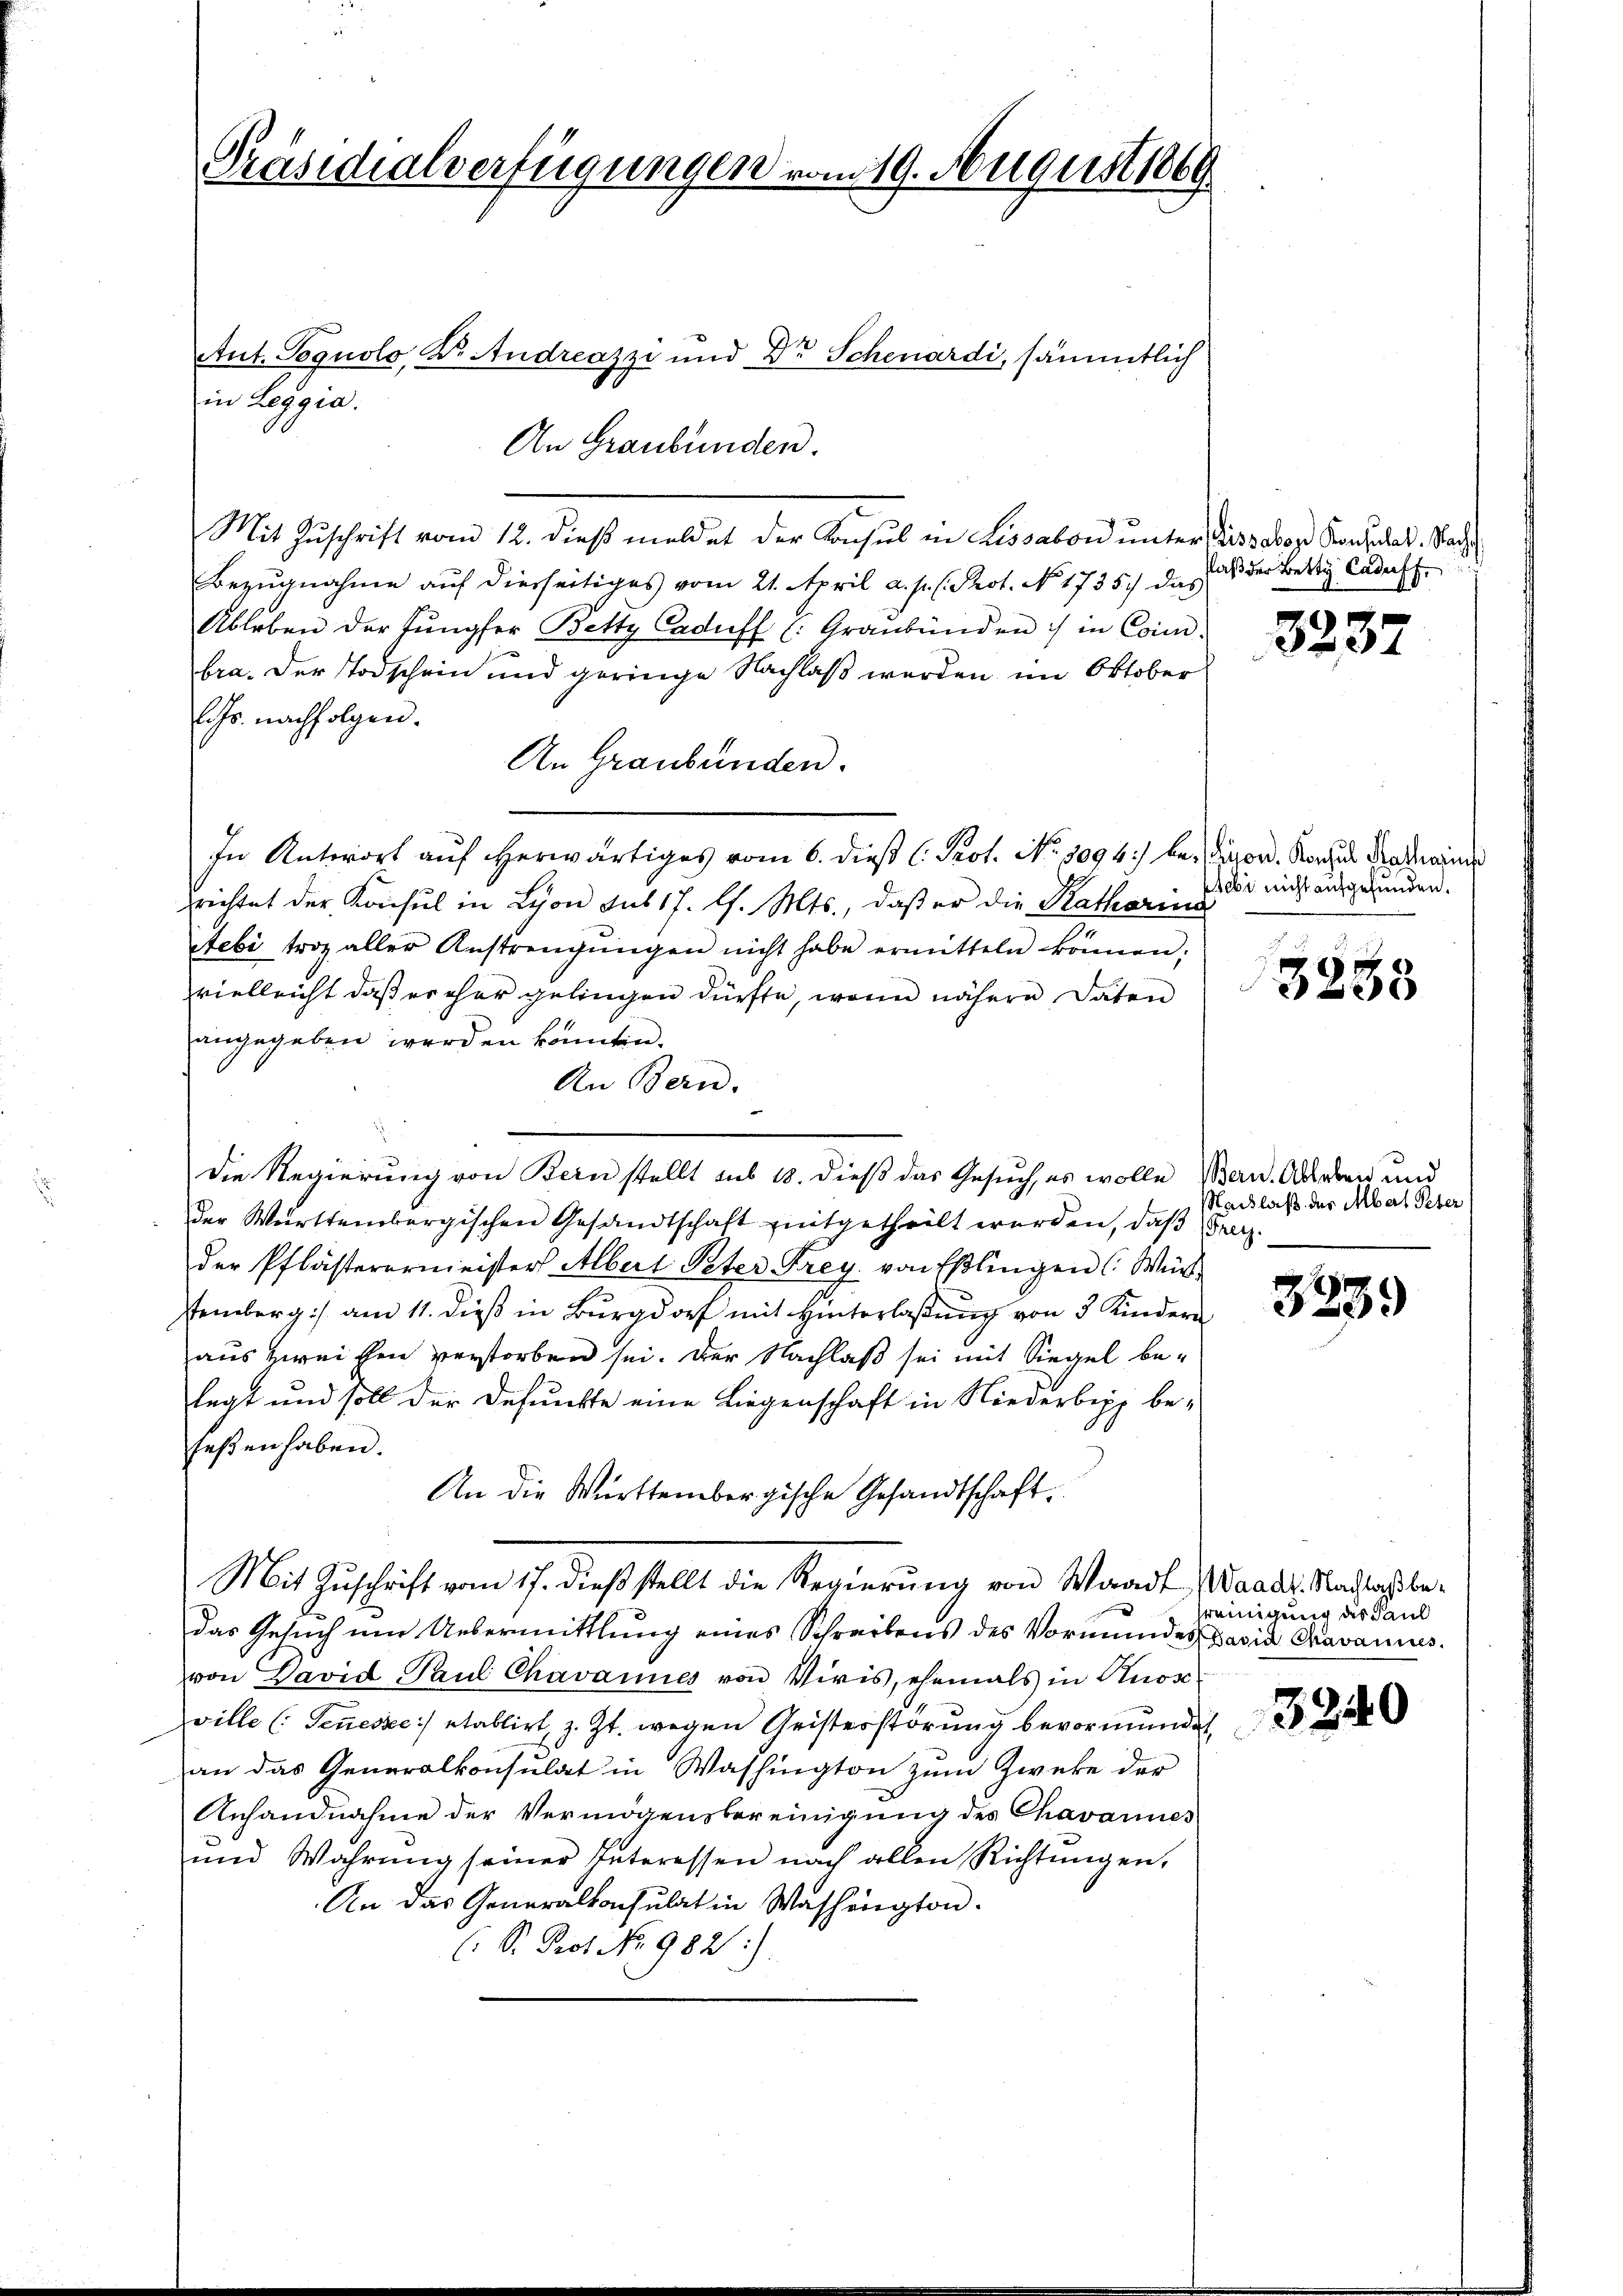
Präsidialverfügungen vom 19. August 1869

Ant. Poguolo, K. Andreazzi und Dr Schenardi, sämmtlich
An Graubünden.
Mit Zŭschrift vom 12. dieβ meldet der Konsul in Lissabon ŭnter Dissabor Konsulat. Nach
Bezugnahme auf diesseitiges vom 21. April a. p. . Prot. No. 1735.) das
Ableben der füngfer Bettz Caduff (Graubünden :/ in Con-
bra. Der Todschein und geringe Nachlaß werden im Oktober
Echs nachfolgen.
An Graubünden.
In Antwort auf herwärtiges vom 6. dieß C. Prot. No. 1094) besond. Koches Gradens
richtet der Konsul in Lyon sus 17. l. Mts., daß er die Ratharina
ebi trag aller Anstrengŭngen nicht habe ermitteln können;
vielleicht daß er eher gelingen dürfte, wenn nähere Daten
angegeben werden könnten.
An Bern.
Die Regierung von Bern stellt sub 18. dieß das Gesuch, es wolle Bern. Alleen und
der Württembergischen Gesandtschaft mitgetheilt werden, daß rez.
der Pflästerermeister Albert Peter Frey. von Eßlingen (: Würtemberg :/ am 11. dieß in Burg mit Hinterlaßung von 5 Kindern
aus zweiten verstorben sei. Der Nachlaß sei mit Siegel belegt und soll der Defunkte eine Liegenschaft in Niederbepp be-
seßen haben.
An die Württembergische Gesandtschaft
Mit Zuschrift vom 17. dieß stellt die Regierung von Waadt, Waadt. Nachtragsbedas Gesuch um Uebermittlung eines Schreibens des Vormundes David Cravannes.
von David Paul Chavannes von Viris, ehemals in Anor
ville (Tenesse:/ etablirt, z. Zt. wegen Geisterstörung bevormundet,
an das Generalkonsulat in Washington zum Zwecke der
Anhandnahme der Vermögensbereinigung des Chavannes
und Wahrung seiner Interessen nach allen Richtungen,
An das Generalkonsulat in Washington.
(S. Prof. No 9821).

in Leggia.

Paß der Betty Caduff.

3237

plebi nicht aufgefunden.

3238

Nachlaß der Abart Peter

3339

reinigung des Paul

3240